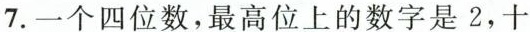
7.一个四位数，最高位上的数字是2，十